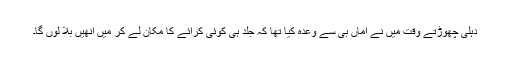
دہلی چھوڑتے وقت میں نے اماں بی سے وعدہ کیا تھا کہ جلد ہی کوئی کرائے کا مکان لے کر میں انھیں بلا لوں گا۔